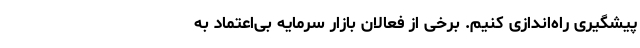
پیشگیری راه‌اندازی کنیم. برخی از فعالان بازار سرمایه بی‌اعتماد به